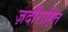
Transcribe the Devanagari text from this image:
ज़र्दीराहित